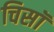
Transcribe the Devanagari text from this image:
चिसॉ